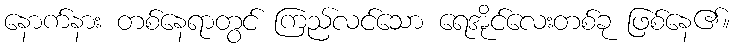
နောက်နား တစ်နေရာတွင် ကြည်လင်သော ရေအိုင်လေးတစ်ခု ဖြစ်နေ၏။